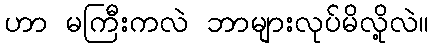
ဟာ မကြီးကလဲ ဘာများလုပ်မိလို့လဲ။